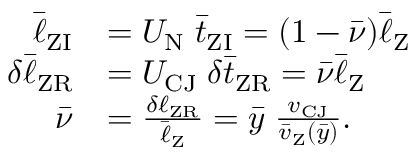
\begin{array} { r l } { \bar { \ell } _ { \mathrm { Z I } } } & { = U _ { \mathrm { N } } \; \bar { t } _ { \mathrm { Z I } } = ( 1 - \bar { \nu } ) \bar { \ell } _ { \mathrm { Z } } } \\ { \delta \bar { \ell } _ { \mathrm { Z R } } } & { = U _ { \mathrm { C J } } \; \delta \bar { t } _ { \mathrm { Z R } } = \bar { \nu } \bar { \ell } _ { \mathrm { Z } } } \\ { \bar { \nu } } & { = \frac { \delta \ell _ { \mathrm { Z R } } } { \bar { \ell } _ { \mathrm { Z } } } = \bar { y } \; \frac { v _ { \mathrm { C J } } } { \bar { v } _ { \mathrm { Z } } ( \bar { y } ) } . \quad } \end{array}